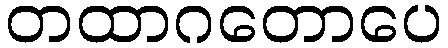
တထာဂတောပေ